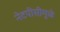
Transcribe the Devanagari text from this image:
नेटपीसीमुळे